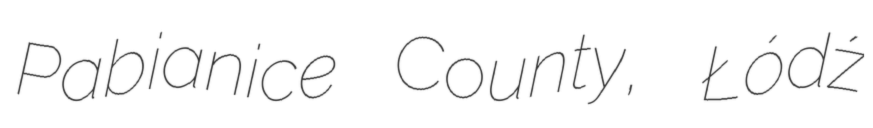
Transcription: Pabianice County, Łódź